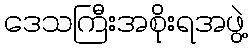
ဒေသကြီးအစိုးရအဖွဲ့